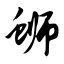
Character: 蛳